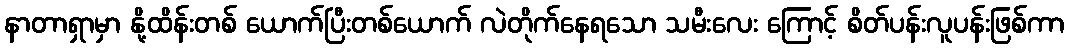
နာတာရှာမှာ နို့ထိန်းတစ် ယောက်ပြီးတစ်ယောက် လဲတိုက်နေရသော သမီးလေး ကြောင့် စိတ်ပန်းလူပန်းဖြစ်ကာ